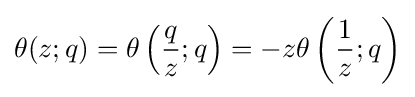
\theta (z;q)=\theta \left({\frac {q}{z}};q\right)=-z\theta \left({\frac {1}{z}};q\right)